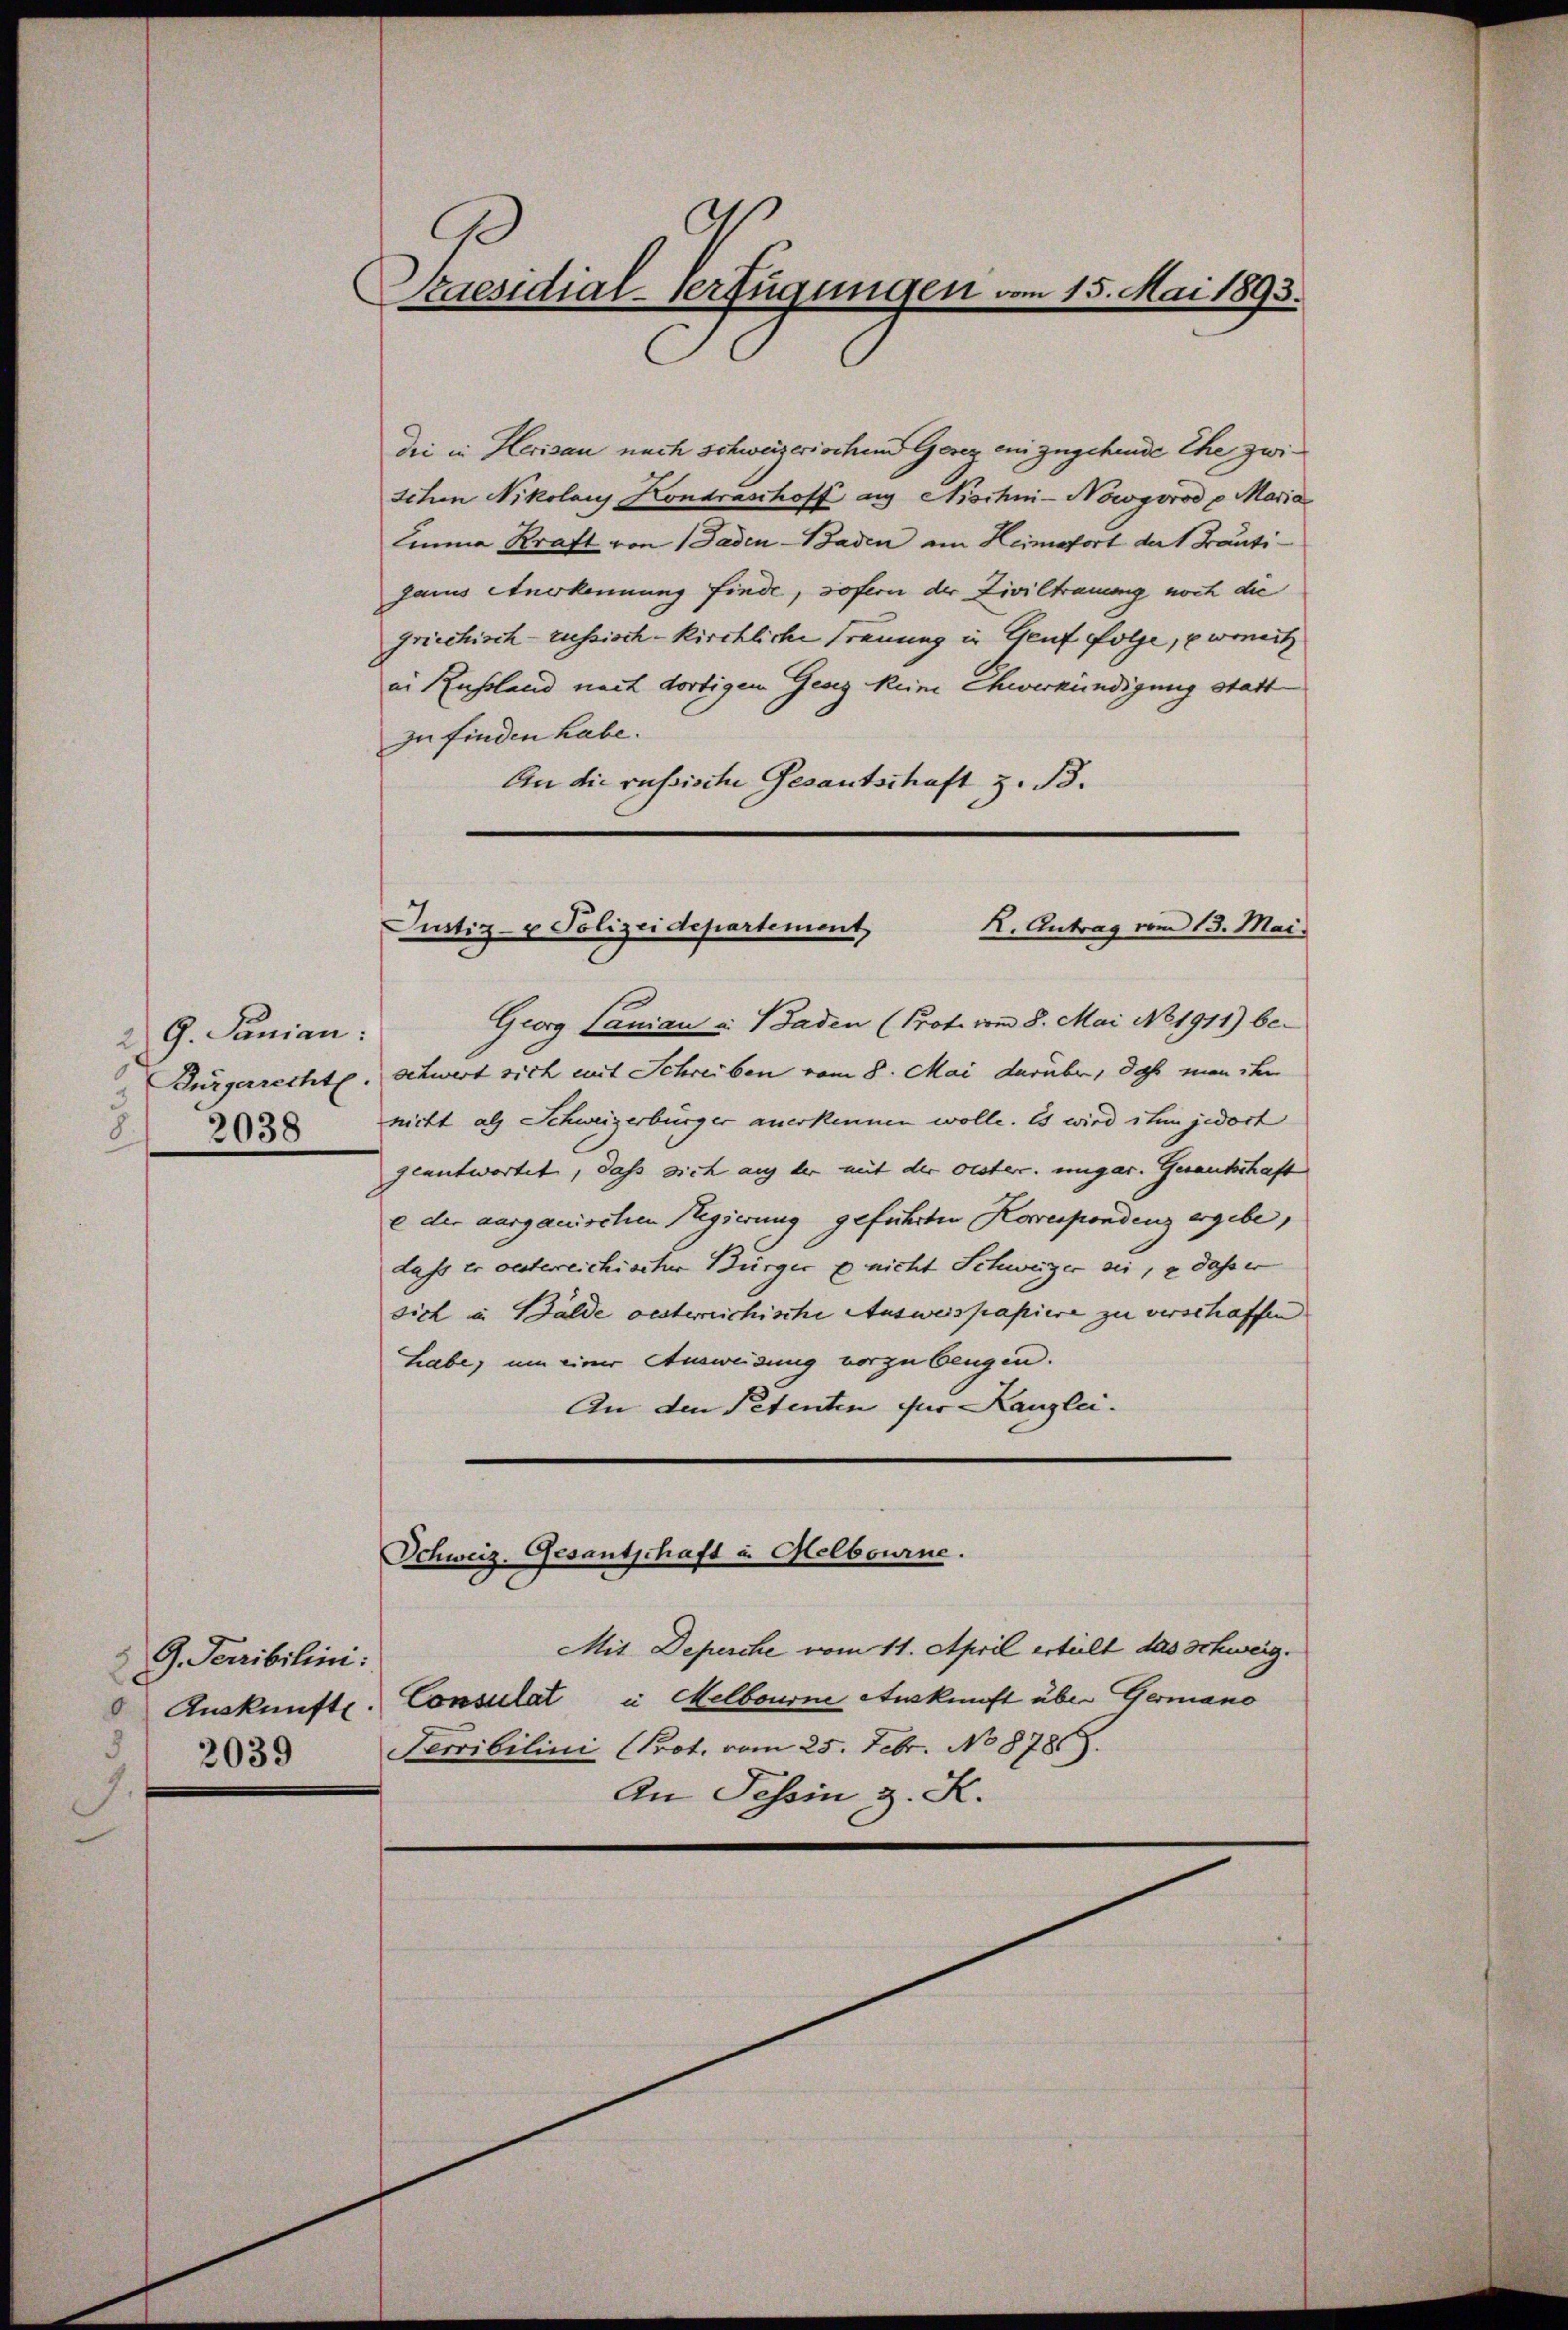
G. Sanian:
21
2038

G. Sacribilini:
3
5
2039

Paesidial-Verfügungen vom 15. Mai 1893.
s

Dei in Herisau nach schweizerischen Gerez ein zugehende Ehe zwi¬
Schen Nikolaus Kontrasthoff aus Nischni-Nowyorod p. Maria
Imnna Kraft von 1 Faden - Baden am Heimatort der Franti-
gamus Anerkennung finde, sofern der Ziviltrauung noch die
griechisch- russisch-kirchliche Freuung in Genf folge, wenitz
en Russland nach dortigem Gesez keine Eheverkündigung statt
zu finden habe.
An die russiste Gesantschaft z. B.
Georg Panian u. Baden (Prot. vom 8. Mai N81911) be-
Bürgerrechte. Schwert sich mit Schreiben vom 8. Mai darüber, daß man ihn
nicht als Schweizerbürger anerkennen wolle. Es wird ihm jedoch
geantwortet, dass sich auf der mit der Oester. ungar. Gerantschaft
e der aargauischen Regierung geführten Korrespondenz ergebe,
dass er oesterreichischer Bürger u. nicht Schweizer sei, e daß er
sich in Bälde oesterreichische Ausweispapiere zu verschaffen
habe, um einer Ausweisung vorzubeugen.
An den Petenten zur Kanzlei.
Schweiz. Gesantschaft u. Melbourne.
Mit Deperche vom 11. April ertelt das Schweig¬
Auskünfte. Consulat in Melbourne Auskunft über Germano
Terribilini Prot. vom 25. Febr. No 878.
An Tessin z. K.

K. Antrag vom 13. Mai.
Justiz- & Polizeidepartement,